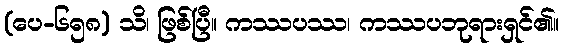
(ပေ-၆၅၈) သိ၊ ဖြစ်ပြီ။ ကဿပဿ၊ ကဿပဘုရားရှင်၏။